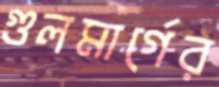
গুলমার্গের